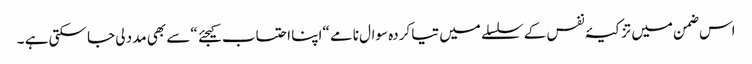
اس ضمن میں تزکیۂ نفس کے سلسلے میں تیا کردہ سوال نامے “اپنا احتساب کیجئے “سے بھی مدد لی جا سکتی ہے ۔